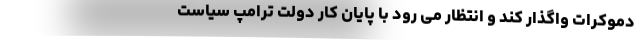
دموکرات واگذار کند و انتظار می رود با پایان کار دولت ترامپ سیاست